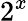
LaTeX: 2^{x}